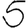
Digit: 5